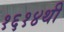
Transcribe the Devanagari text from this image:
१६१४थी